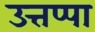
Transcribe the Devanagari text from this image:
उत्तप्पा